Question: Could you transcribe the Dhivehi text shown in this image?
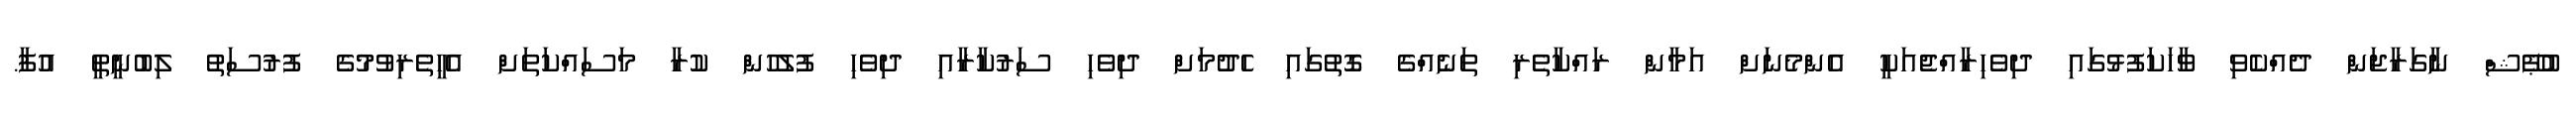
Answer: ބުޕޭޝް ނާގަރާޖަން ދެއްކެވި ވާހަކަފުޅުގައި ދިވެހިރާއްޖެއަކީ އެންމެނަށް އަމާން ރައްކާތެރި ތަނެއްގެ ގޮތުގައި ހެދުމަށް ދިވެހި ސަރުކާރާއި ދިވެހި ފުލުހުން ކުރާ މަސައްކަތަށް އެހީތެރިވުމުގެ ފުރުސަތު ލިބުނީތީ އުފާ.